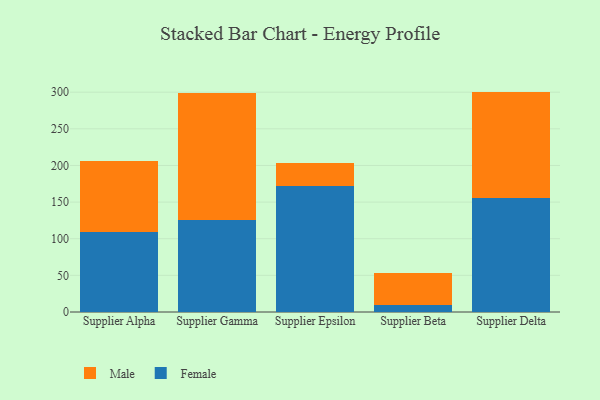
{"axis": {"x": "Supplier", "y": "Budget (USD K)"}, "legend": ["Female", "Male"], "data": [{"x": "Supplier Alpha", "y": 108.6, "type": "Female"}, {"x": "Supplier Alpha", "y": 98.1, "type": "Male"}, {"x": "Supplier Gamma", "y": 125.0, "type": "Female"}, {"x": "Supplier Gamma", "y": 173.5, "type": "Male"}, {"x": "Supplier Epsilon", "y": 171.6, "type": "Female"}, {"x": "Supplier Epsilon", "y": 31.9, "type": "Male"}, {"x": "Supplier Beta", "y": 9.3, "type": "Female"}, {"x": "Supplier Beta", "y": 44.2, "type": "Male"}, {"x": "Supplier Delta", "y": 155.1, "type": "Female"}, {"x": "Supplier Delta", "y": 145.7, "type": "Male"}]}